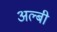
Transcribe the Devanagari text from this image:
अल्बी